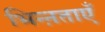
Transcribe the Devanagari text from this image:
भिन्ऩताएँ